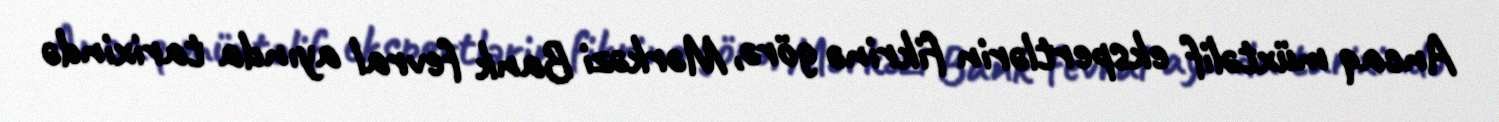
Ancaq müxtəlif ekspertlərin fikrinə görə, Mərkəzi Bank fevral ayında tarixində